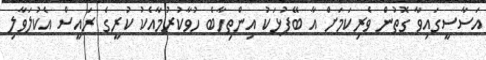
އަސާސީގައިވާ ގޮތުން ވެރިކަމަށް އާ ބޭފުޅަކު އިންތިހާބެ ހުވާކުރުމާއެކު ކުރީގެ ރައީސް އެކުލަވާލި